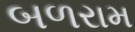
બળરામ